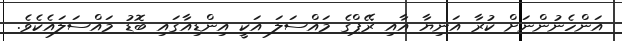
އަންހެނުންނަށް ކުރާ އަނިޔާ އާއި ރޭޕްގެ މައްސަލަ އަކީ އިންޑިއާގައި ބޮޑު މައްސަލައެކެވެ.